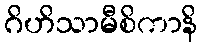
ဂိဟိသာမီစိကာနိ